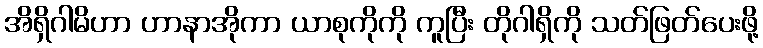
အိရှိဂါမိဟာ ဟာနာအိုကာ ယာစုကိုကို ကူပြီး တိုဂါရှိကို သတ်ဖြတ်ပေးဖို့